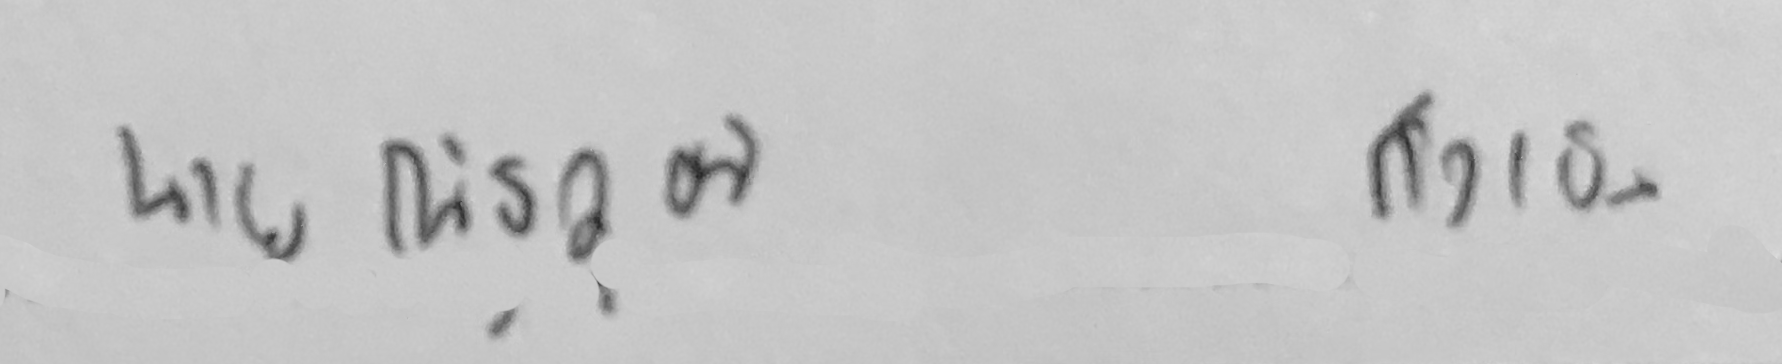
นายณัฐวุฒิ กือเย็น